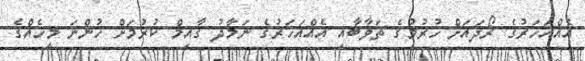
އެއްއަހަރުގެ ރޯދައަށް ހުރުމުގެ ޘަވާބާއި އެއްއަހަރުގެ ނަމާދު ޤާއިމް ކުރުމަށް ހުންނަ މީހެއްގެ